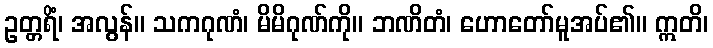
ဥတ္တရိံ၊ အလွန်။ သကဂုဏံ၊ မိမိဂုဏ်ကို။ ဘဏိတံ၊ ဟောတော်မူအပ်၏။ ဣတိ၊